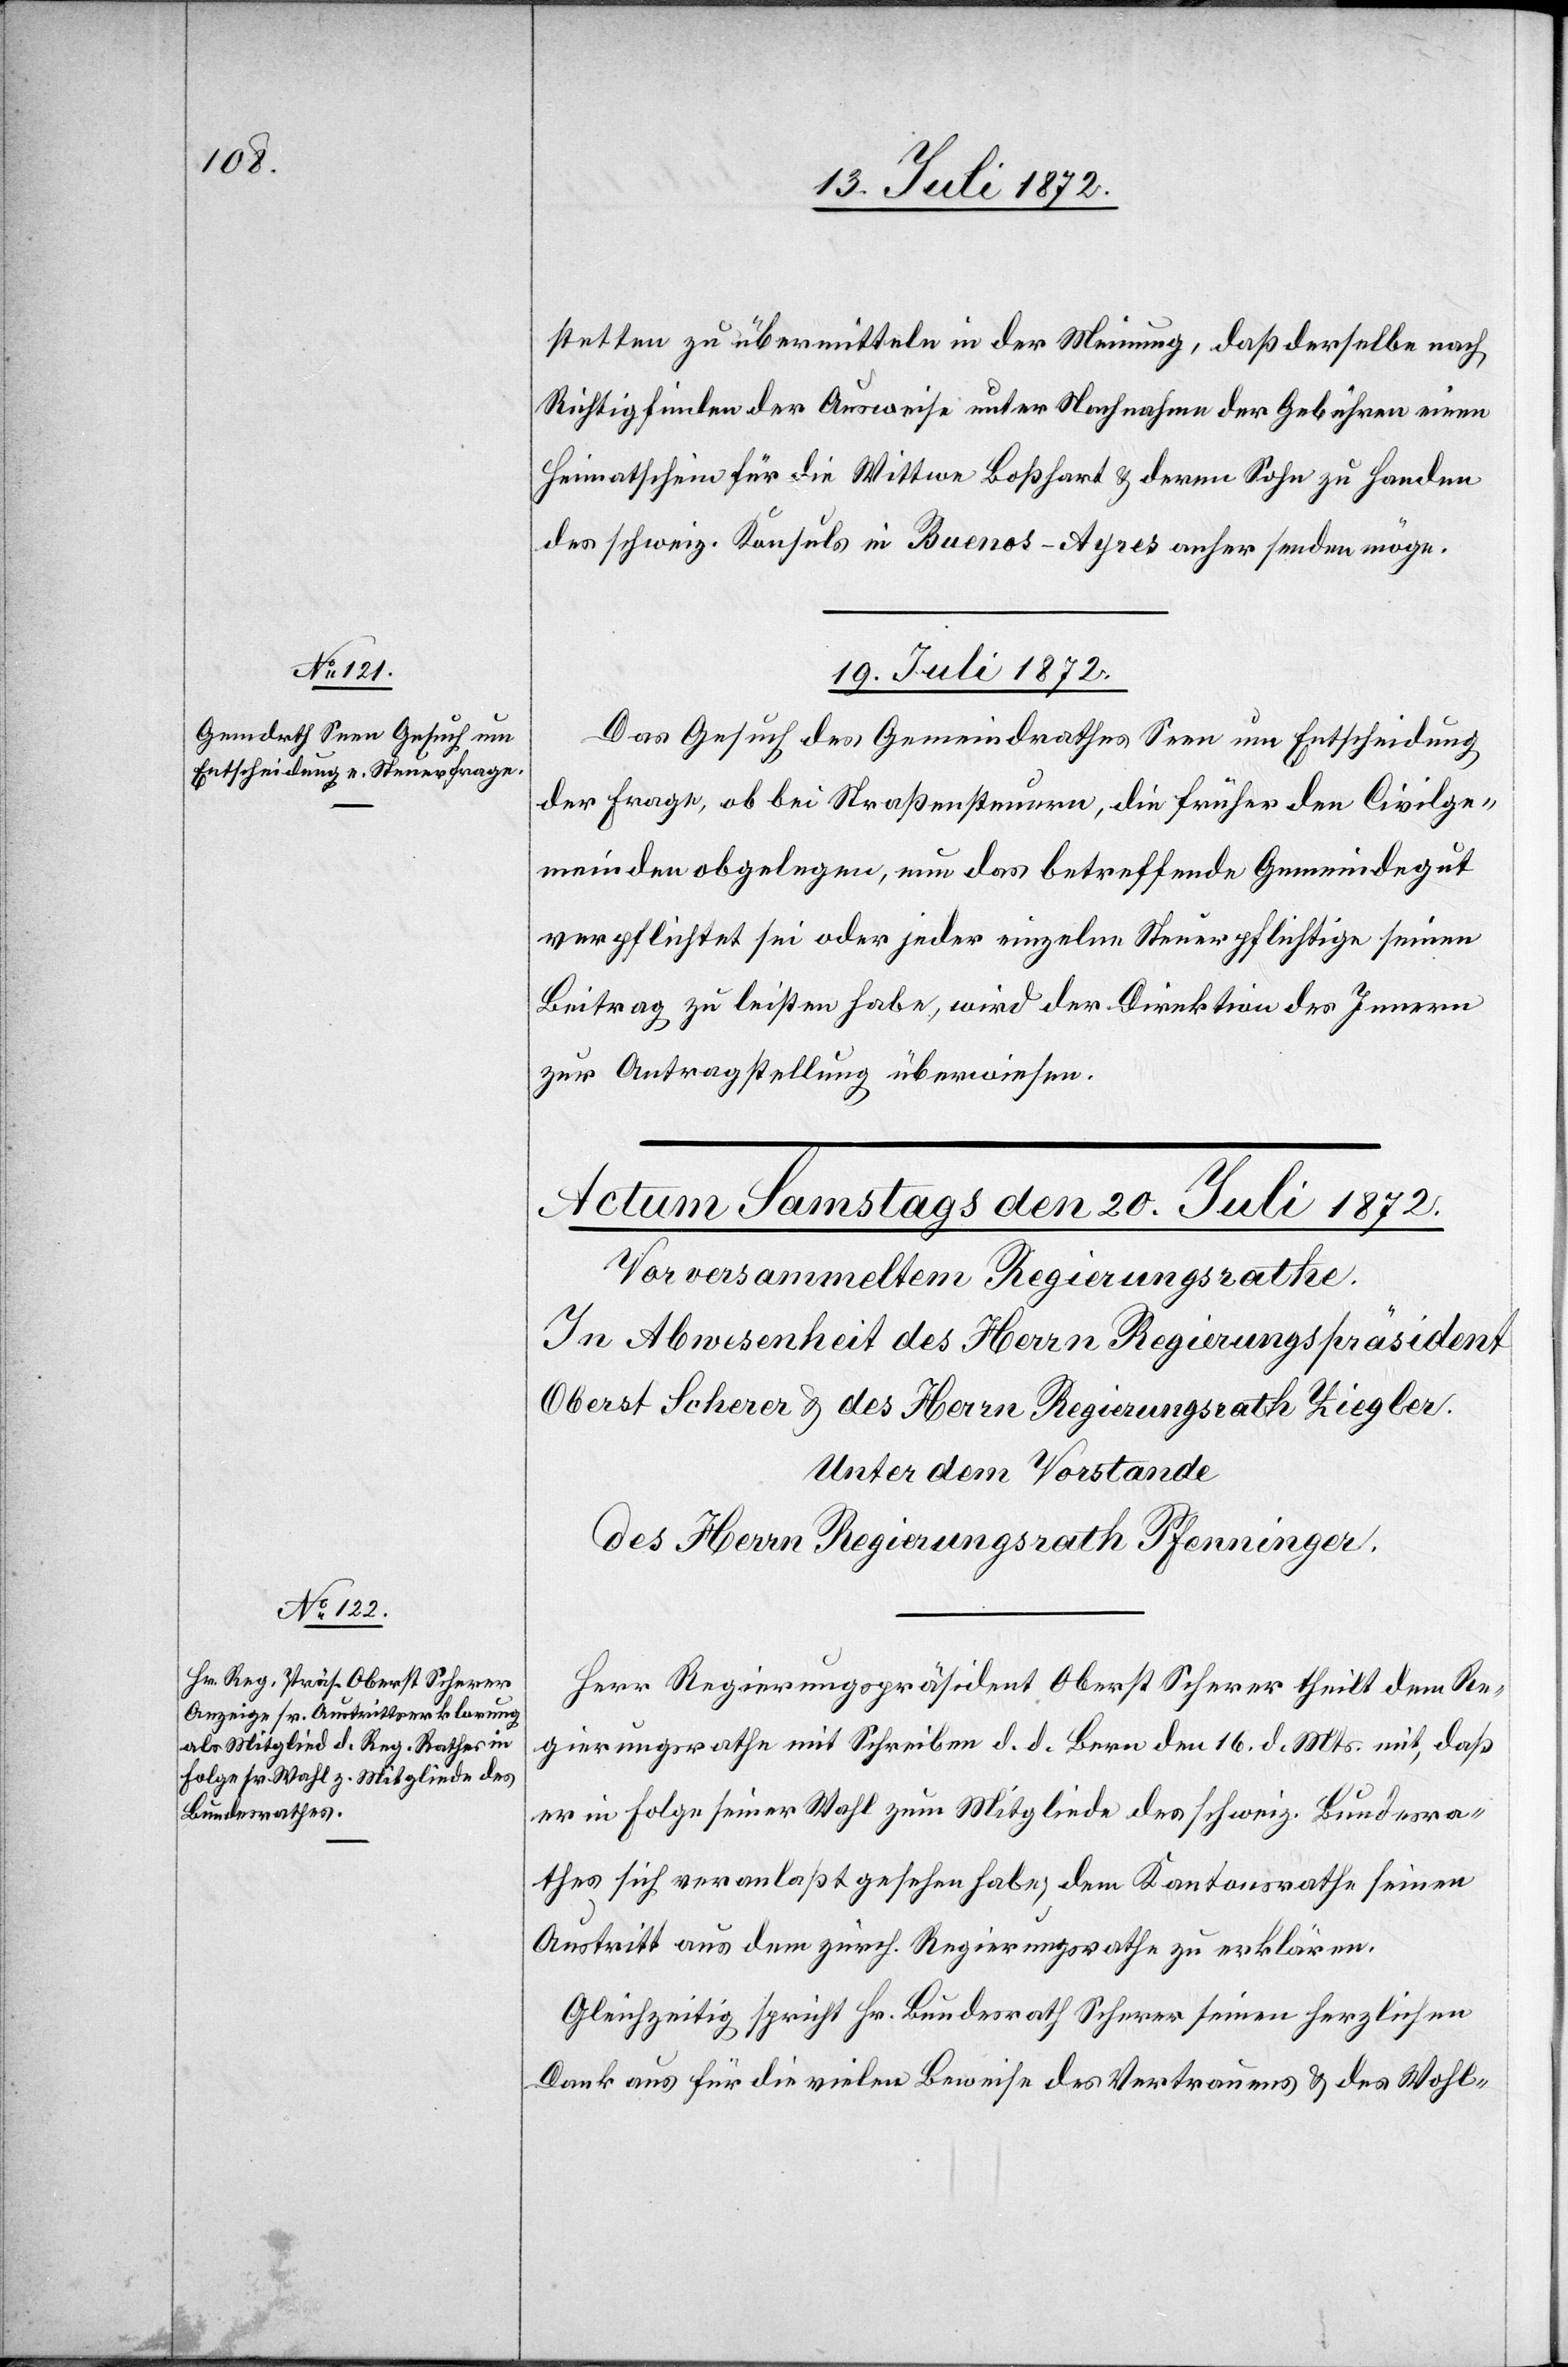
stetten zu übermitteln in der Meinung, daß derselbe nach
Richtigfinden der Ausweise unter Nachnahme der Gebühren einen
Heimathschein für die Wittwe Boßhart u. deren Sohn zu Handen
des schweiz. Konsuls in Buenos-Ayres anher senden möge.
19. Juli 1872.
Das Gesuch des Gemeindrathes Seen um Entscheidung
der Frage, ob bei Straßensteuern, die früher den Civilge¬
meinden obgelegen, nun das betreffende Gemeindegut
verpflichtet sei oder jeder einzelne Steuerpflichtige seinen
Beitrag zu leisten habe, wird der Direktion des Innern
zur Antragstellung überwiesen.
Herr Regierungspräsident Oberst Scherer theilt dem Re¬
gierungsrathe mit Schreiben d. d. Bern den 16. d. Mts. mit, daß
er in Folge seiner Wahl zum Mitgliede des schweiz. Bundesra¬
thes sich veranlaßt gesehen habe, dem Kantonsrathe seinen
Austritt aus dem zürch. Regierungsrathe zu erklären.
Gleichzeitig spricht Hr. Bundesrath Scherer seinen herzlichen
Dank aus für die vielen Beweise des Vertrauens u. des Wohl-